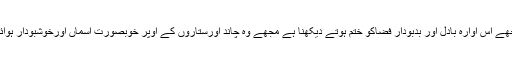
لیکن رفعت اب مجھے اس آوارہ بادل اور بدبودار فضاکو ختم ہوتے دیکھنا ہے مجھے وہ چاند اورستاروں کے اوپر خوبصورت آسماں اورخوشبودار ہوائیں اچھی لگتی ہیں۔